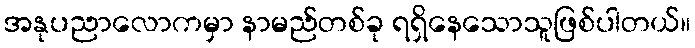
အနုပညာလောကမှာ နာမည်တစ်ခု ရရှိနေသောသူဖြစ်ပါတယ်။